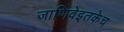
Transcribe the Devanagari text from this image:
जाणिवेइतकेच